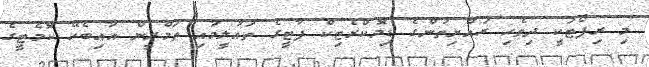
މި ރިޕޯޓަކީ ދިވެހި ރައްޔިތުންގެ ޑިމޮކްރެޓިކް ޕާޓީގެ ތައުލީމަާއި ތަމްރީން އާއިބެހޭ ކޮމެޓީގެ